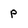
Character: p